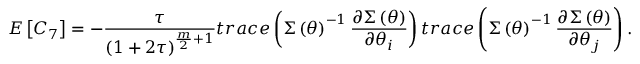
E \left[ C _ { 7 } \right] = - \frac { \tau } { \left( 1 + 2 \tau \right) ^ { \frac { m } { 2 } + 1 } } t r a c e \left( \boldsymbol { \Sigma } \left( \boldsymbol { \theta } \right) ^ { - 1 } \frac { \partial \boldsymbol { \Sigma } \left( \boldsymbol { \theta } \right) } { \partial \theta _ { i } } \right) t r a c e \left( \boldsymbol { \Sigma } \left( \boldsymbol { \theta } \right) ^ { - 1 } \frac { \partial \boldsymbol { \Sigma } \left( \boldsymbol { \theta } \right) } { \partial \theta _ { j } } \right) .